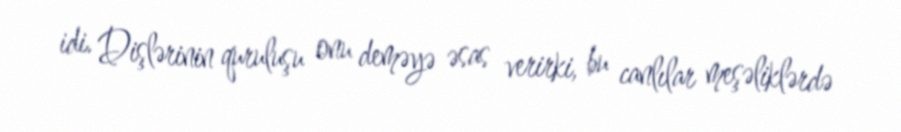
idi. Dişlərinin quruluşu onu deməyə əsas verirki, bu canlılar meşəliklərdə